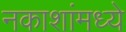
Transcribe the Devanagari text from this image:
नकाशांमध्ये